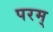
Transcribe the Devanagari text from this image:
परम्‌